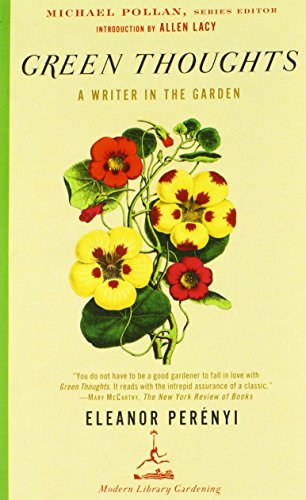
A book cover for Green Thoughts: A Writer in the Garden (Modern Library Gardening); Eleanor Perenyi; Crafts, Hobbies & Home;